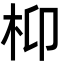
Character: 枊